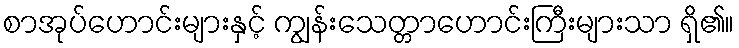
စာအုပ်ဟောင်းများနှင့် ကျွန်းသေတ္တာဟောင်းကြီးများသာ ရှိ၏။